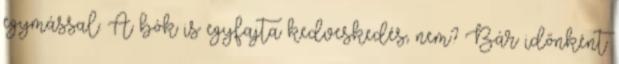
egymással. A bók is egyfajta kedveskedés, nem? Bár időnként